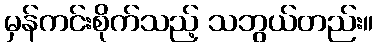
မှန်ကင်းစိုက်သည့် သဘွယ်တည်း။